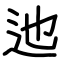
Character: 迆